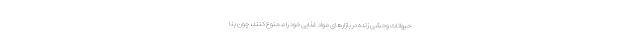
حیوانات وحشی زنده در بازارهای مواد غذایی خود را ممنوع کنند، چون بنا